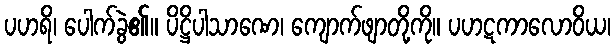
ပဟရိ၊ ပေါက်ခွဲ၏။ ပိဋ္ဌိပါသာဏေ၊ ကျောက်ဖျာတို့ကို။ ပဟဋကာလောဝိယ၊